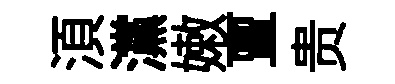
湏灙嫩亶贵